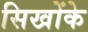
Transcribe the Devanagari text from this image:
सिखोंके